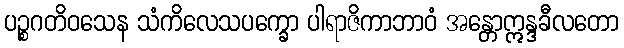
ပဉ္စဂတိဝသေန သံကိလေသပက္ခော ပါရာဇိကာဘာဝံ အန္တောဣန္ဒခီလတော